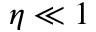
\eta \ll 1